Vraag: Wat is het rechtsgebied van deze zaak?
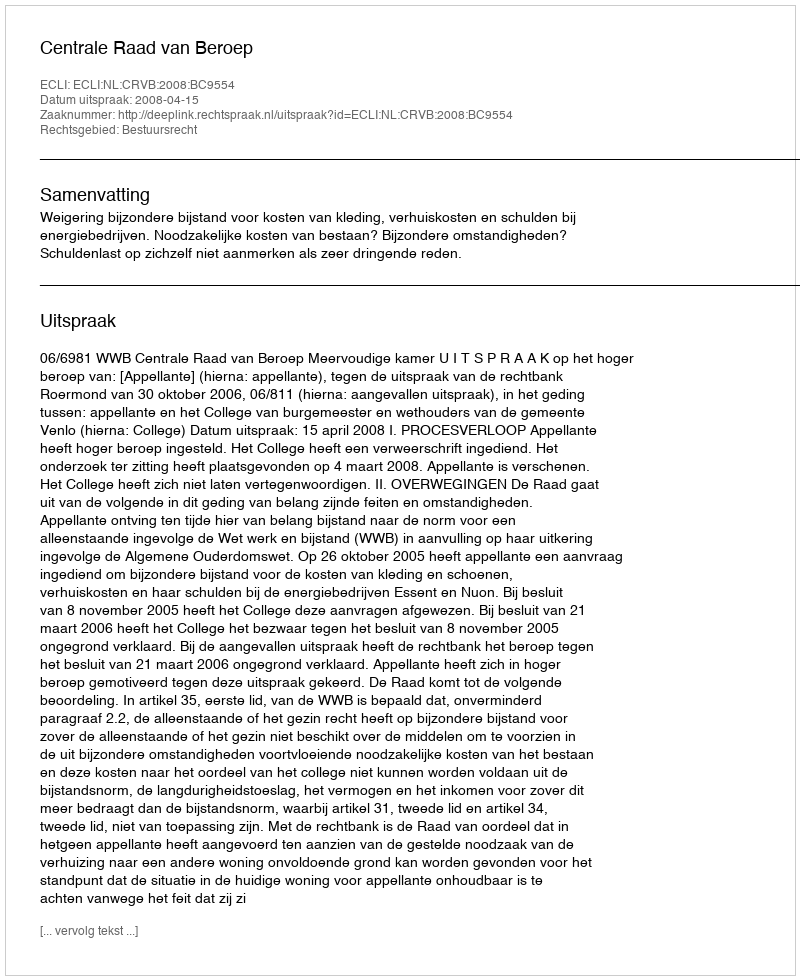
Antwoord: Bestuursrecht